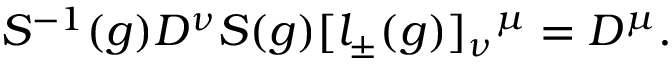
S ^ { - 1 } ( g ) D ^ { \nu } S ( g ) [ l _ { \pm } ( g ) ] _ { \nu } { } ^ { \mu } = D ^ { \mu } .